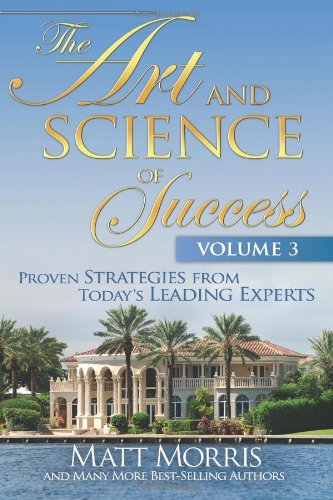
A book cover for The Art and Science of Success Volume 3: Proven Strategies from Today's Leading Experts; Matt Morris; Business & Money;